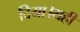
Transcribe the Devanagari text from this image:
दिया।यही